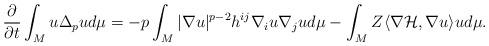
LaTeX: \begin{align*}\frac{\partial} {\partial t} \int_M u \Delta_p u d\mu = -p \int_M |\nabla u|^{p-2} h^{ij} \nabla_i u \nabla_j u d\mu - \int_M Z \langle \nabla \mathcal{H} , \nabla u \rangle u d\mu. \end{align*}